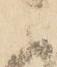
い